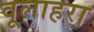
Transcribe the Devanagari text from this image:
वूलाहरा